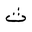
Letter: _tha